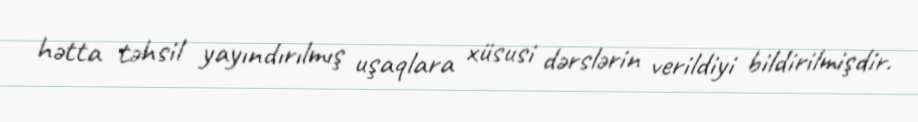
hətta təhsil yayındırılmış uşaqlara xüsusi dərslərin verildiyi bildirilmişdir.